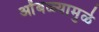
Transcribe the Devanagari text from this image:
ओंबळ्यामुळे